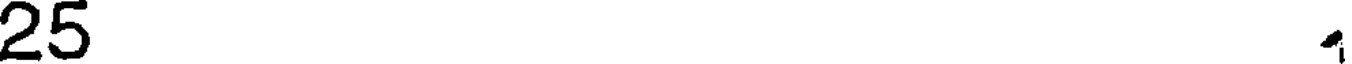
25